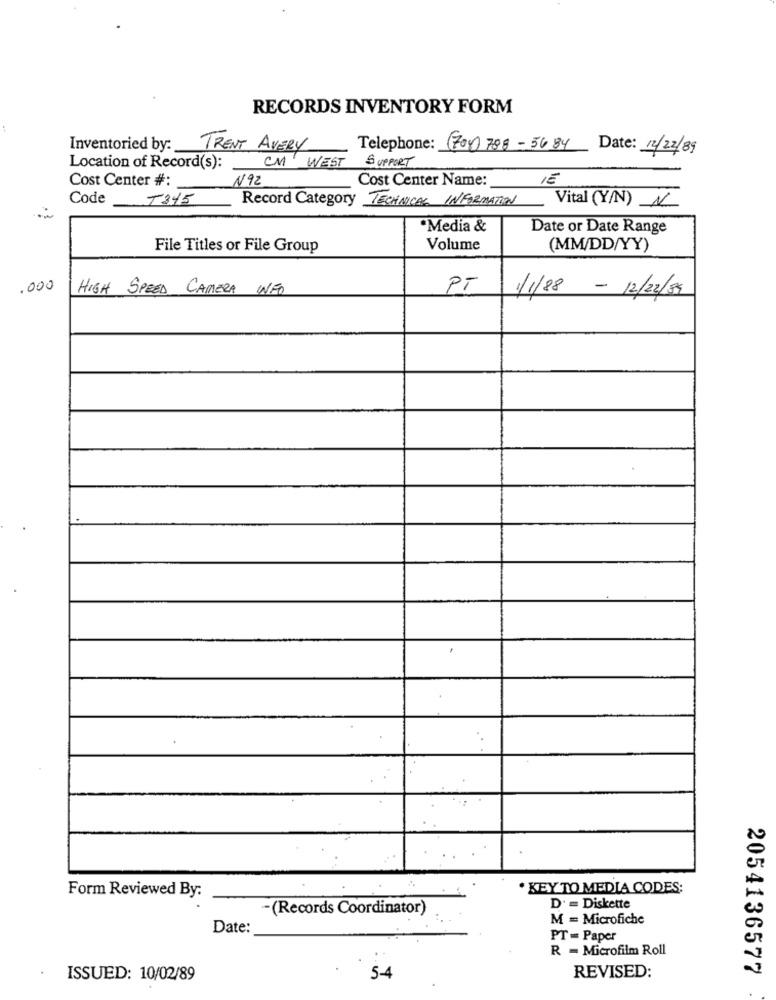
RECORDS INVENTORY FORM
Inventoried by:
TRENT AVERY
Telephone: (70)788-5684 Date: 12/22/89
SUPPORT
Location of Record(s):
CM WEST
Cost Center #:
N92
Cost Center Name:
IE
Record Category TECHNICAL INFORMATION Vital (Y/N) N
Code T345
Media &
Date or Date Range
File Titles or File Group
Volume
(MM/DD/YY)
.000
HIGH SPEED CAMERA INFO
PT
1/1/88 - 12/22/39
· KEY TO MEDIA CODES:
Form Reviewed By:
-(Records Coordinator)
D' = Diskette
M = Microfiche
Date:
PT = Paper
R - Microfilm Roll
2054136577
ISSUED: 10/02/89
5-4
REVISED: